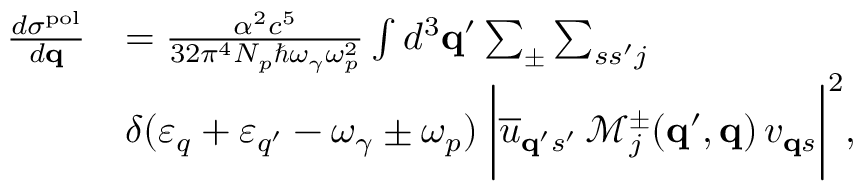
\begin{array} { r l } { \frac { d \sigma ^ { \mathrm { p o l } } } { d { \bf q } } } & { = \frac { \alpha ^ { 2 } c ^ { 5 } } { 3 2 \pi ^ { 4 } N _ { p } \hbar \omega _ { \gamma } \omega _ { p } ^ { 2 } } \int d ^ { 3 } { \bf q } ^ { \prime } \sum _ { \pm } \sum _ { s s ^ { \prime } j } } \\ & { \delta ( \varepsilon _ { q } + \varepsilon _ { q ^ { \prime } } - \omega _ { \gamma } \pm \omega _ { p } ) \; \bigg | \overline { { u } } _ { { \bf q } ^ { \prime } s ^ { \prime } } \, \mathcal { M } _ { j } ^ { \pm } ( { \bf q } ^ { \prime } , { \bf q } ) \, v _ { { \bf q } s } \bigg | ^ { 2 } , } \end{array}